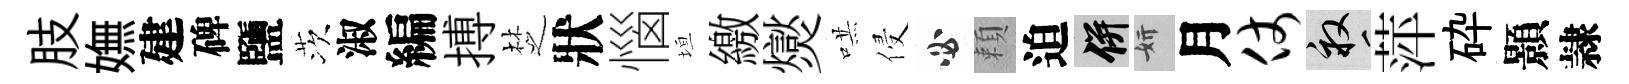
肢嫵建碑鹽茨淑編搏椘狀惱垣繳爕哄侵必頼迫并妍月仗畝萍砕顥隷